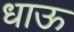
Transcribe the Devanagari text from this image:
धाऊ